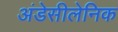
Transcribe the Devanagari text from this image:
अंडेसीलेनिक